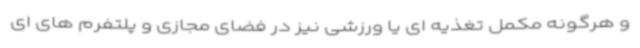
و هرگونه مکمل تغذیه ای یا ورزشی نیز در فضای مجازی و پلتفرم های ای